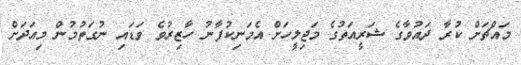
މައްޗަށް ކުރާ ދައުވާގެ ޝަރީއަތުގެ މަޖިލީހަށް އެމަނިކުފާނު ހާޒިރުވެ ވަޑައި ނުގަތުމުން މިއަދަށް